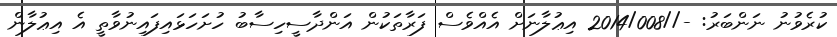
ކުރެވުނު ނަންބަރު: -//2014/008 އިޢުލާނަށް އެއްވެސް ފަރާތަކުން އަންދާސީހިސާބު ހުށަހަޅައިފައިނުވާތީ އެ އިޢުލާން